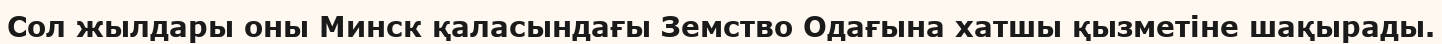
Сол жылдары оны Минск қаласындағы Земство Одағына хатшы қызметiне шақырады.